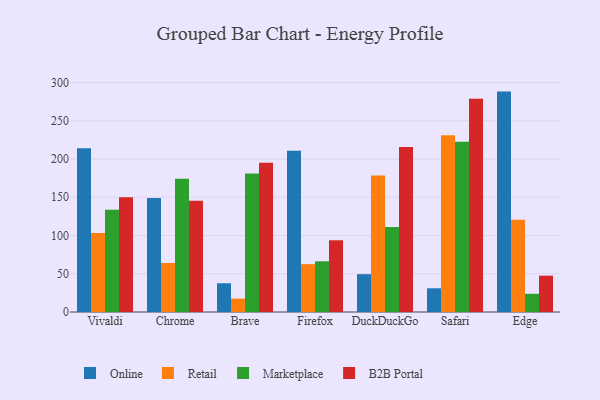
{"axis": {"x": "Browser", "y": "Humidity (%)"}, "legend": ["B2B Portal", "Marketplace", "Online", "Retail"], "data": [{"x": "Vivaldi", "y": 214.2, "type": "Online"}, {"x": "Vivaldi", "y": 103.2, "type": "Retail"}, {"x": "Vivaldi", "y": 133.6, "type": "Marketplace"}, {"x": "Vivaldi", "y": 150.1, "type": "B2B Portal"}, {"x": "Chrome", "y": 149.1, "type": "Online"}, {"x": "Chrome", "y": 64.1, "type": "Retail"}, {"x": "Chrome", "y": 174.4, "type": "Marketplace"}, {"x": "Chrome", "y": 145.4, "type": "B2B Portal"}, {"x": "Brave", "y": 37.6, "type": "Online"}, {"x": "Brave", "y": 17.5, "type": "Retail"}, {"x": "Brave", "y": 181.1, "type": "Marketplace"}, {"x": "Brave", "y": 195.0, "type": "B2B Portal"}, {"x": "Firefox", "y": 210.8, "type": "Online"}, {"x": "Firefox", "y": 62.6, "type": "Retail"}, {"x": "Firefox", "y": 66.3, "type": "Marketplace"}, {"x": "Firefox", "y": 93.7, "type": "B2B Portal"}, {"x": "DuckDuckGo", "y": 49.5, "type": "Online"}, {"x": "DuckDuckGo", "y": 178.6, "type": "Retail"}, {"x": "DuckDuckGo", "y": 111.1, "type": "Marketplace"}, {"x": "DuckDuckGo", "y": 215.8, "type": "B2B Portal"}, {"x": "Safari", "y": 31.0, "type": "Online"}, {"x": "Safari", "y": 231.2, "type": "Retail"}, {"x": "Safari", "y": 222.7, "type": "Marketplace"}, {"x": "Safari", "y": 278.7, "type": "B2B Portal"}, {"x": "Edge", "y": 288.2, "type": "Online"}, {"x": "Edge", "y": 120.5, "type": "Retail"}, {"x": "Edge", "y": 23.8, "type": "Marketplace"}, {"x": "Edge", "y": 47.5, "type": "B2B Portal"}]}